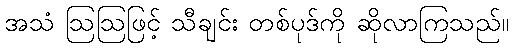
အသံ ဩဩဖြင့် သီချင်း တစ်ပုဒ်ကို ဆိုလာကြသည်။